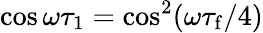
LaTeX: \cos\omega\tau_{1}=\cos^{2}(\omega\tau_{\mathrm{f}}/4)